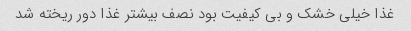
غذا خیلی خشک و بی کیفیت بود نصف بیشتر غذا دور ریخته شد